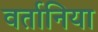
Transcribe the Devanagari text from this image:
वर्तानिया